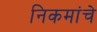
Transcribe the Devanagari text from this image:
निकमांचे